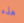
هذه